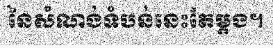
នៃសំណង់ទំបន់នេះតែម្តង។